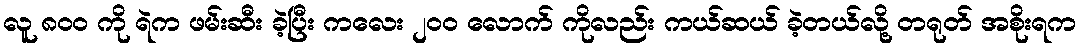
လူ ၈၀၀ ကို ရဲက ဖမ်းဆီး ခဲ့ပြီး ကလေး ၂၀၀ လောက် ကိုလည်း ကယ်ဆယ် ခဲ့တယ်လို့ တရုတ် အစိုးရက